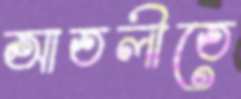
আতলীতে